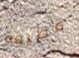
عظيمه